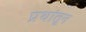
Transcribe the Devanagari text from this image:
प्रथांतून